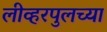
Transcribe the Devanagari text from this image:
लीव्हरपुलच्या